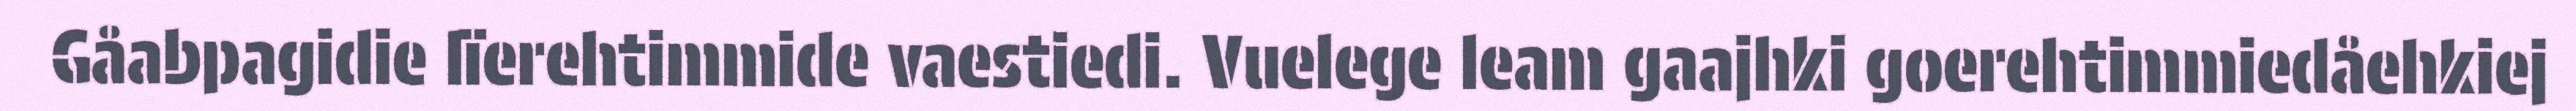
Gåabpagidie lïerehtimmide vaestiedi. Vuelege leam gaajhki goerehtimmiedåehkiej